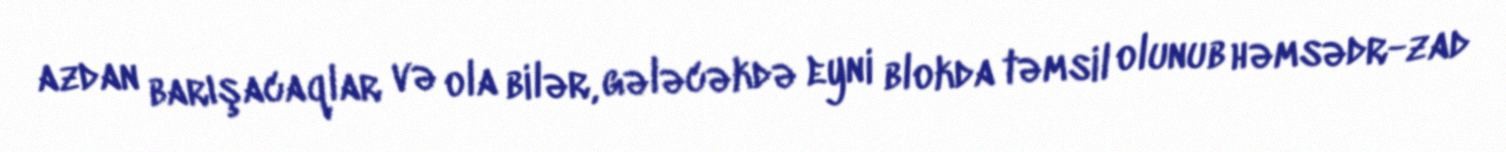
azdan barışacaqlar və ola bilər, gələcəkdə eyni blokda təmsil olunub həmsədr-zad